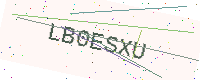
Text: LB0ESXU